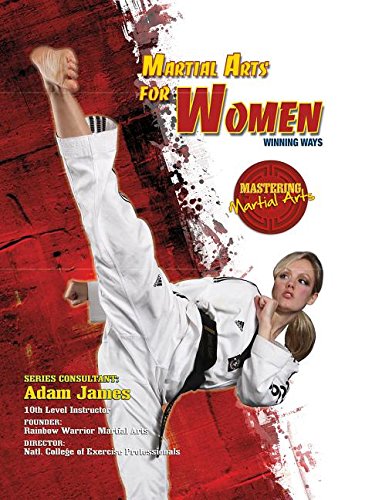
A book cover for Martial Arts for Women: Winning Ways (Mastering Martial Arts); Eric Chaline; Teen & Young Adult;